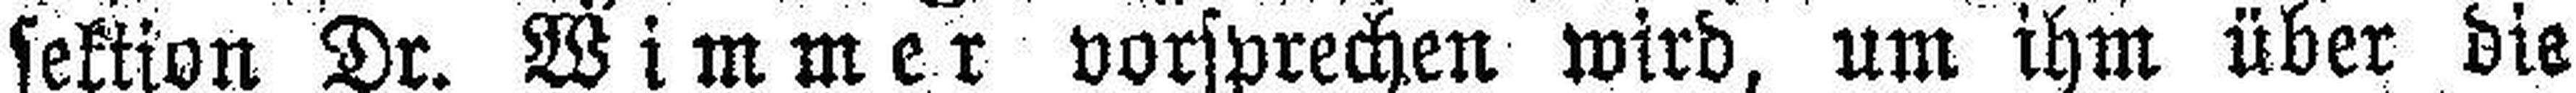
sektion Dr. Wimmer vorsprechen wird, um ihm über die